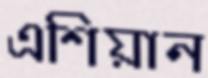
এশিয়ান